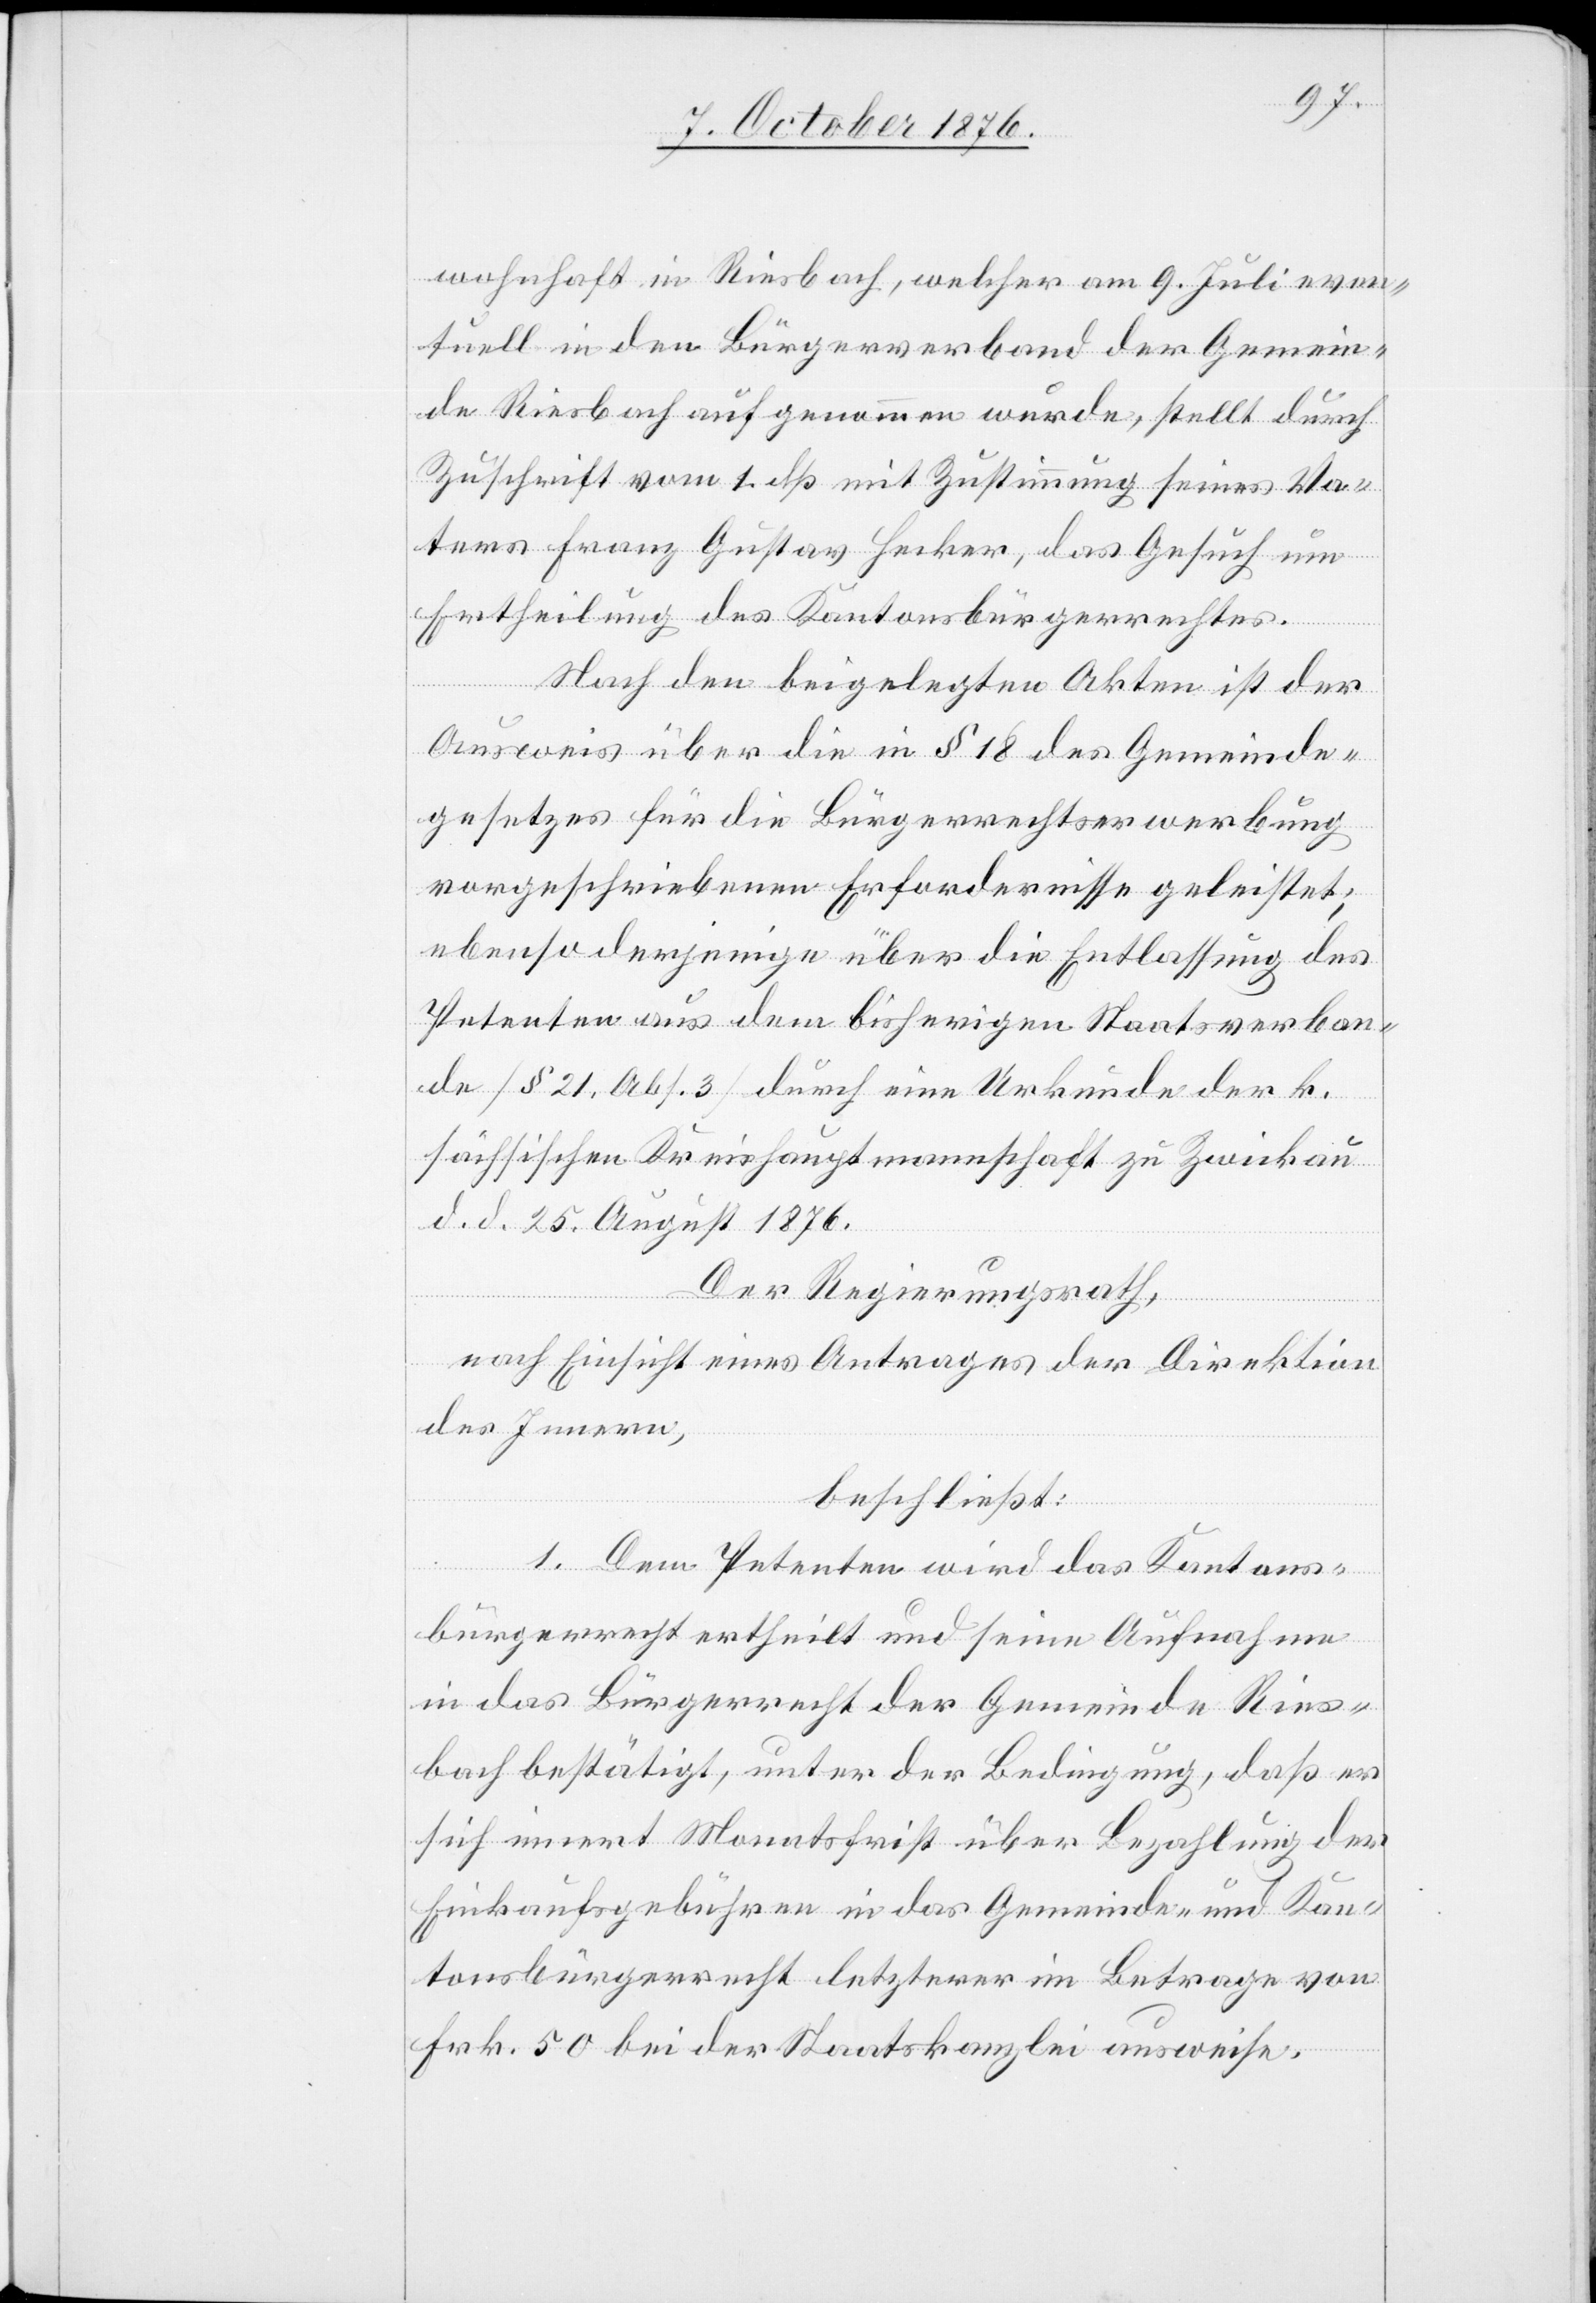
wohnhaft in Riesbach, welcher am 9. Juli even¬
tuell in den Bürgerverband der Gemein¬
de Riesbach aufgenommen wurde, stellt durch
Zuschrift vom 1. dß mit Zustimmung seines Va¬
ters Franz Gustav Hecker, das Gesuch um
Ertheilung des Kantonsbürgerrechtes.
Nach den beigelegten Akten ist der
gesetzes für die Bürgerrechtserwerbung
vorgeschriebenen Erfordernisse geleistet;
ebenso derjenige über die Entlassung des
Petenten aus dem bisherigen Staatsverban¬
de [§ 21, Abs. 3] durch eine Urkunde der s¬
ächsischen Kreishauptmannschaft zu Zwickau
d. d. 25. August 1876.
Der Regierungsrath,
des
nach Einsicht eines Antrages der Direktion
des Innern,
beschließt:
Gemeinde¬
1. Dem Petenten wird das Kantons¬
bürgerrecht ertheilt und seine Aufnahme
in das Bürgerrecht der Gemeinde Ries¬
bach bestätigt, unter der Bedingung, daß er
sich innert Monatsfrist über Bezahlung der
Einkaufsgebühren in das Gemeinde- und Kan¬
tonsbürgerrecht letzterer im Betrage von
Frk. 50 bei der Staatskanzlei ausweise.